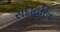
સદાહરિત